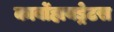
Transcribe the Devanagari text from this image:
कार्बोहायड्रेटस